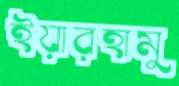
ইয়ারহামু